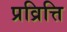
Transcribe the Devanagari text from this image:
प्रव्रित्ति